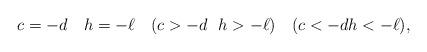
LaTeX: \begin{align*}c=-d\quad h=-\ell \quad (c>-d ~~ h> -\ell) \quad(c<-d h< -\ell),\end{align*}